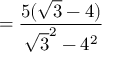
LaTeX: = { \frac { 5 ( { \sqrt { 3 } } - 4 ) } { { \sqrt { 3 } } ^ { 2 } - 4 ^ { 2 } } }